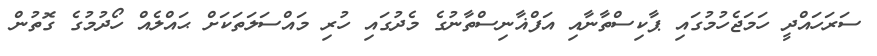
ސަރަހައްދީ ހަމަޖެހުމުގައި ޕާކިސްތާނާއި އަފްޣާނިސްތާނުގެ މެދުގައި ހުރި މައްސަލަތަކަށް ޙައްލެއް ހޯދުމުގެ ގޮތުން